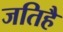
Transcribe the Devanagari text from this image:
जतिहै